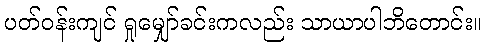
ပတ်ဝန်းကျင် ရှုမျှော်ခင်းကလည်း သာယာပါဘိတောင်း။